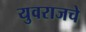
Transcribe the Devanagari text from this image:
युवराजचे